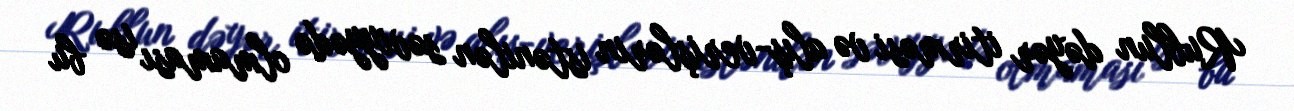
Rublun dəyər itirməsi və alış-verişlərin istənilən səviyyədə olmaması isə bu